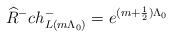
\begin{align*} \widehat{R}^- ch^-_{L(m \Lambda_0)}= e^{(m +\frac{1}{2})\Lambda_0}\end{align*}